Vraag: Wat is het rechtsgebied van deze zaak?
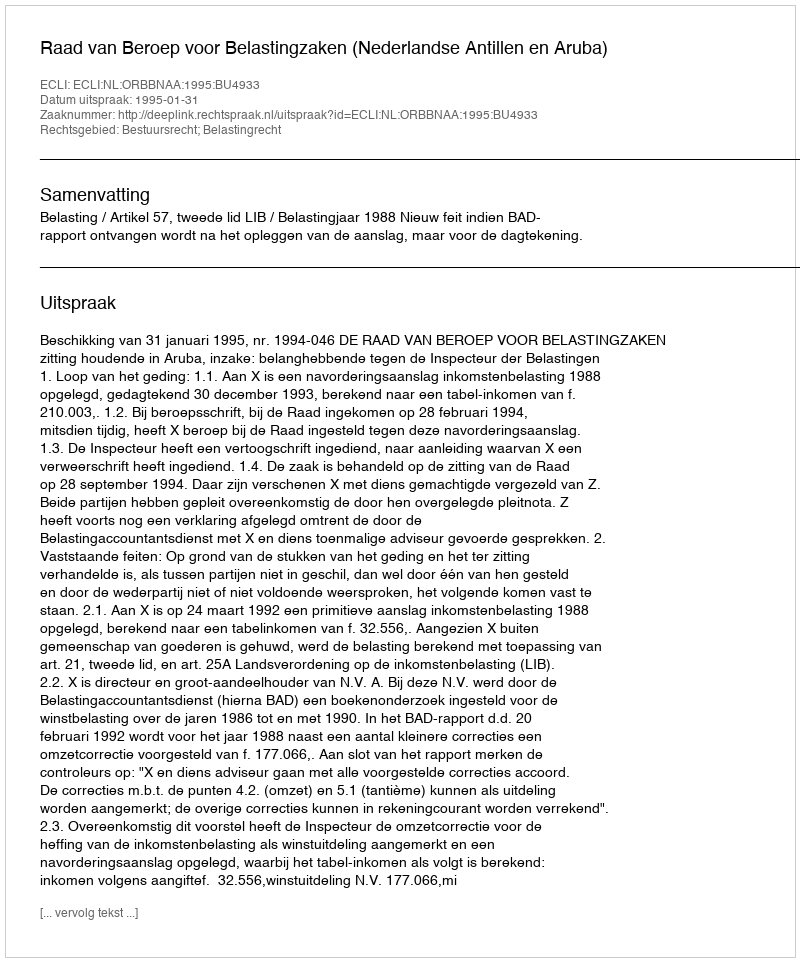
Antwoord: Bestuursrecht; Belastingrecht